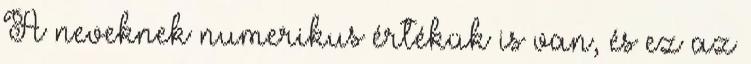
A neveknek numerikus értékük is van, és ez az